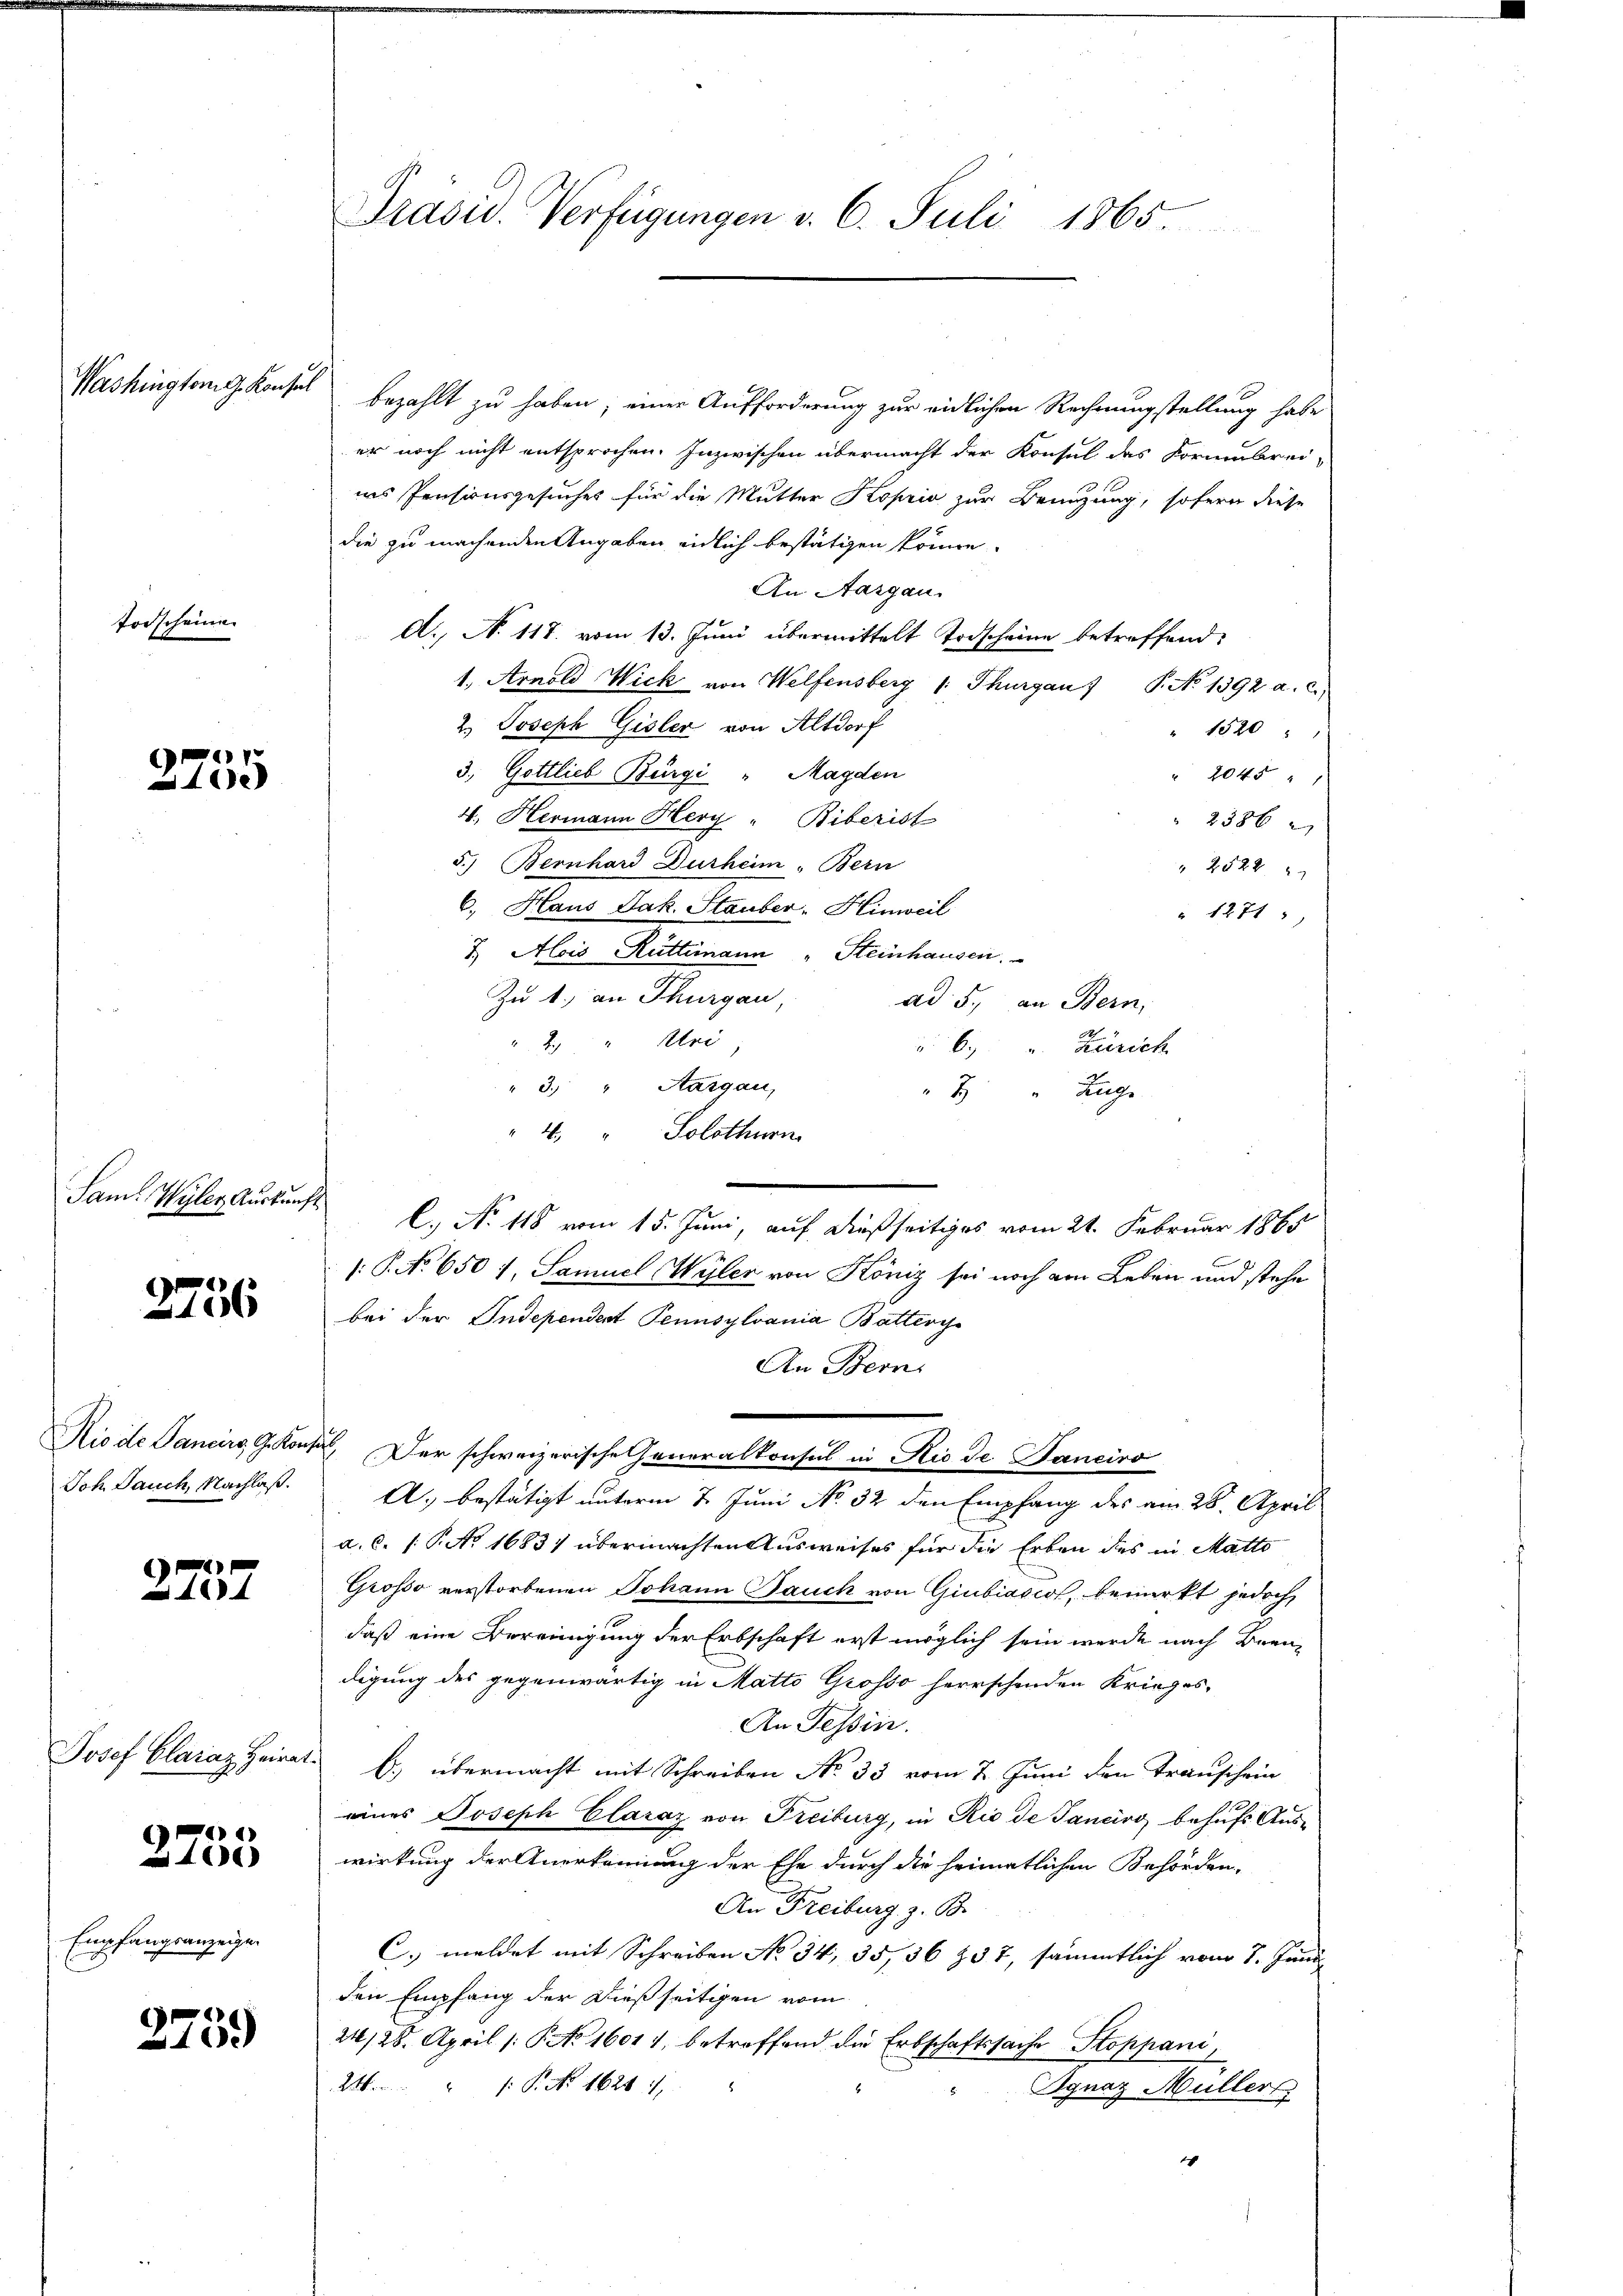
Washington G. Konsul

forscheine

7
e

Sam. Wyler Auskunft

2756

e
40

Josef Claraz Heirat.

744)
406)

Empfangsanzeigen.

2759

bezahlt zu haben; einer Aufforderung zur eidlichen Rechnungstellung habe
er noch nicht entsprochen. Inzwischen übermacht der Konsul das Formubrei
ias Pensionsgesuches für die Mutter Koprio zur Brunzung, sofern diese
die zu machenden Angaben eidlich bestätigen könne.
An Aargau.
A., N. 118. vom 13. Juni übermittelt Todscheine betreffend:
1., Arnold Wick von Welfensberg 1. Thurgau) P. No 1392 a. c.,
2.) Joseph Gisler von Altdorf
" 1520
3. Gottlieb Bürgi " Magden
" 2045 " "
4., Hermann Hery " Biberist
2386
5.) Bernhard Durheim. Bern
2522. 2
6.) Haus Jak. Stauber, Hinweil
 1271
7. Alois Rüttimann „Steinhausen.
Zu 1. an Thurgau,
ad 5., an Bern,
2. " Uri,
 6. v. Zürich
"3. " Aargau,
7 " Zuge
4." Solothurn
C. No 115 vom 15. Juni, auf dießseitiges vom 21. Februar 1865
: P. No 650 1, Samuel Wyler von König sei noch am Leben und stehe
bei der Independent Pennsylvania Batterge
An Bern
Rio de Sancirs, G. Kontal, Der schweizerische Generalkonsul in Rio de Janeiro
Joh. Jauch, Nachloß. A. bestätigt unterm 7. Juni No 32 den Empfang des am 28. April
a.c. (T. No 1683/ übermachten Ausweises für die Erben des in Matto
Grosso verstorbenen Johann Bauch von Giubiascos, bemerkt jedoch
daß eine Bereinigung der Erbschaft erst möglich sein werde nach Beendigung des gegenwärtig in Matto Grosso herrschenden Krieges¬
An Tessin.
b.) übermacht mit Schreiben No 33 vom 2. Juni den Transchein
eines Joseph Claraz von Freiburg, in Rio de Janeiro behufs Auswirkung der Anerkennung der Ehe durch die heimatlichen Behörden-
An Freiburg z. B.
C. meldet mit Schreiben No 34, 35, 36 337, sämmtlich vom 7. Juni
den Empfang der dießseitigen vom
24/28. April /: P. No 1601), betreffend die Erbschaftssache Stoppani
2: P. Nr. 1626 1
Ignaz Müller
r

Präsid. Verfügungen v. 6. Juli 1865